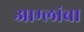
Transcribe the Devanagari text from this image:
आम्लांचा